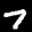
Label: 7